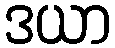
ဒယာ